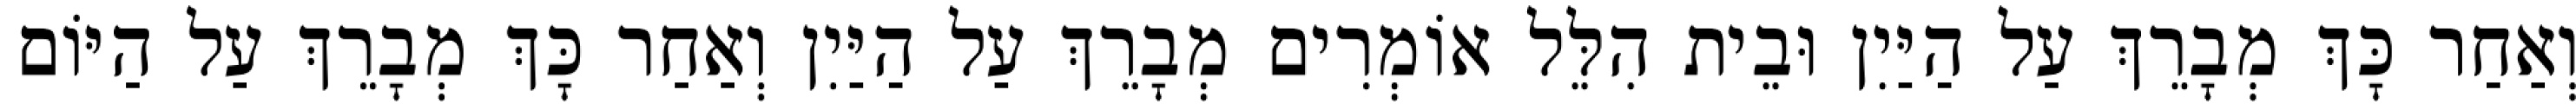
וְאַחַר כָּךְ מְבָרֵךְ עַל הַיַּיִן וּבֵית הִלֵּל אוֹמְרִים מְבָרֵךְ עַל הַיַּיִן וְאַחַר כָּךְ מְבָרֵךְ עַל הַיּוֹם